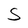
Character: S